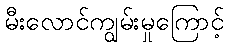
မီးလောင်ကျွမ်းမှုကြောင့်